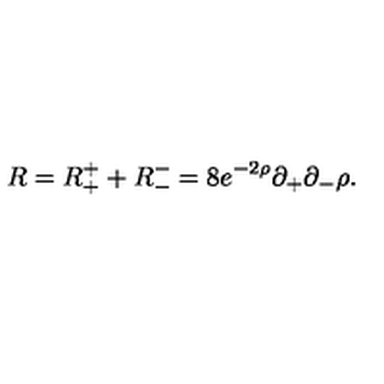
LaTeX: R = R _ { + } ^ { + } + R _ { - } ^ { - } = 8 e ^ { - 2 \rho } \partial _ { + } \partial _ { - } \rho .